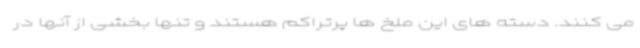
می کنند. دسته های این ملخ ها پرتراکم هستند و تنها بخشی از آنها در